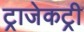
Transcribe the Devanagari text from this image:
ट्राजेकट्री